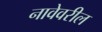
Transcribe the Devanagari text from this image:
नावेवरील